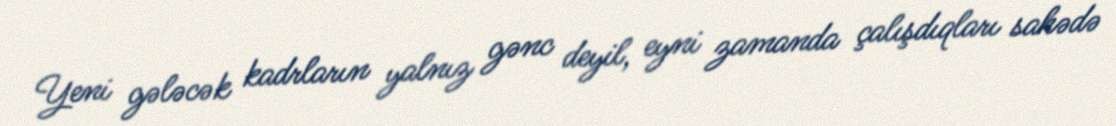
Yeni gələcək kadrların yalnız gənc deyil, eyni zamanda çalışdıqları sahədə